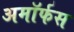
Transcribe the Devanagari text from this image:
अमॉर्फस